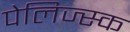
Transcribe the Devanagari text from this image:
पेलिज्स्क